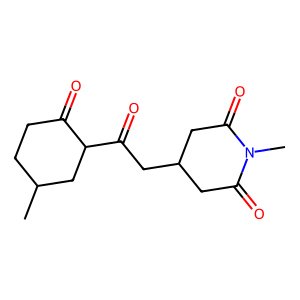
SMILES: CC1CCC(=O)C(C(=O)CC2CC(=O)N(C)C(=O)C2)C1
Inhibits HIV replication: No